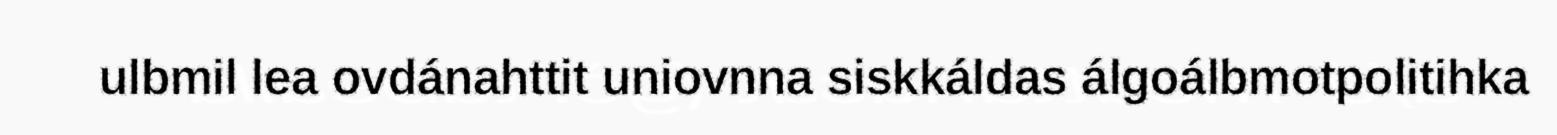
ulbmil lea ovdánahttit uniovnna siskkáldas álgoálbmotpolitihka